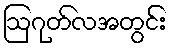
ဩဂုတ်လအတွင်း